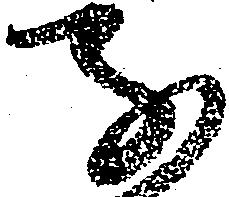
子